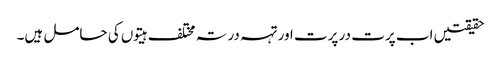
حقیقتیں اب پرت در پرت اور تہہ در تہ مختلف ہیتوں کی حامل ہیں۔